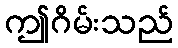
ဤဂိမ်းသည်